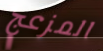
المزعج